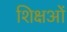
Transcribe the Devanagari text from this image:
शिक्षओं